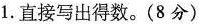
1.直接写出得数。(8分)